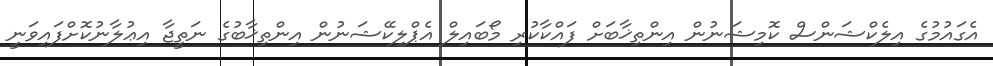
އެގައުމުގެ އިލެކްޝަންސް ކޮމިޝަނުން އިންތިޚާބަށް ފައްކާކުރި މޯބައިލް އެޕްލިކޭޝަނުން އިންތިޚާބުގެ ނަތީޖާ އިޢުލާނުކޮށްފައިވަނީ